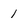
Character: 1